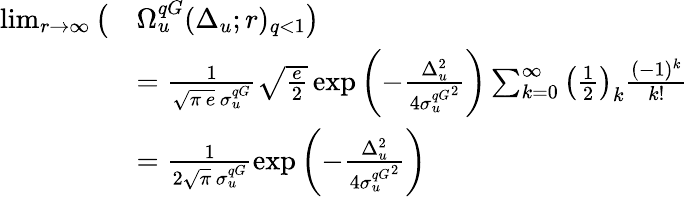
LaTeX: \begin{array}{rl}{\operatorname*{lim}_{r\to\infty}\big(}&{\Omega_{u}^{qG}(\Delta_{u};r)_{q<1}\big)}\\ &{=\frac{1}{\sqrt{\pi\, e}\, \sigma_{u}^{qG}}\sqrt{\frac{e}{2}}\exp\left(-\frac{\Delta_{u}^{2}}{4{\sigma_{u}^{qG}}^{2}}\right)\sum_{k=0}^{\infty}\left(\frac{1}{2}\right)_{k}\frac{(-1)^{k}}{k!}}\\ &{=\frac{1}{2\sqrt{\pi}\, \sigma_{u}^{qG}}\exp\left(-\frac{\Delta_{u}^{2}}{4{\sigma_{u}^{qG}}^{2}}\right)}\end{array}